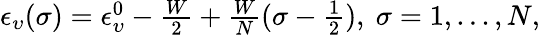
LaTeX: \begin{array}{r}{\epsilon_{\upsilon}(\sigma)=\epsilon_{\upsilon}^{0}-\frac{W}{2}+\frac{W}{N}(\sigma-\frac{1}{2}),~\sigma=1,...,N,}\end{array}